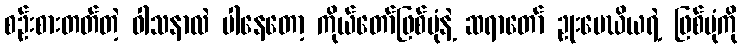
စဉ်းစားတတ်တဲ့ ဝါသနာလဲ ပါနေတော့ ကိုယ်တော်ဖြစ်ပုံနဲ့ ဆရာတော် ဥုးမေဃိယရဲ့ ဖြစ်ပုံကို